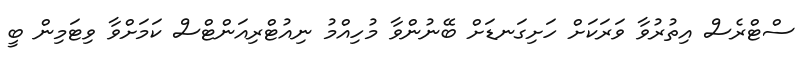
ސްޓްރެސް އިތުރުވާ ވަރަކަށް ހަށިގަނޑަށް ބޭނުންވާ މުހިއްމު ނިއުޓްރިއަންޓްސް ކަމަށްވާ ވިޓަމިން ބީ